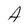
Character: A